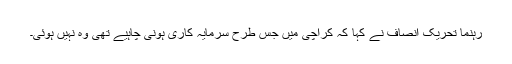
رہنما تحریک انصاف نے کہا کہ کراچی میں جس طرح سرمایہ کاری ہونی چاہیے تھی وہ نہیں ہوئی۔